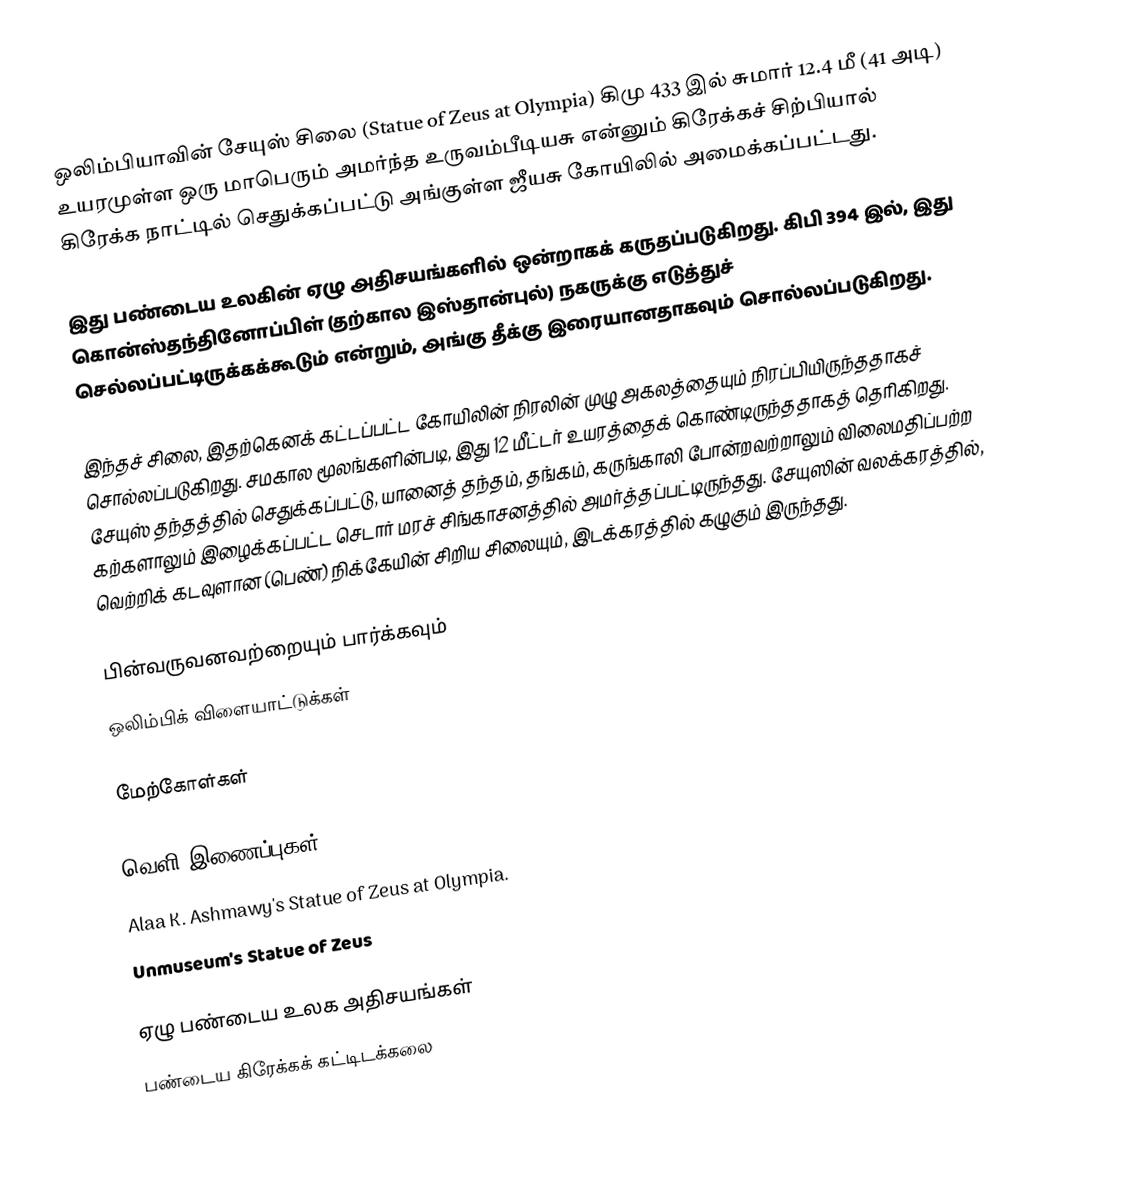
ஒலிம்பியாவின் சேயுஸ் சிலை (Statue of Zeus at Olympia) கிமு 433 இல் சுமார் 12.4 மீ (41 அடி) உயரமுள்ள ஒரு மாபெரும் அமர்ந்த உருவம்பீடியசு என்னும் கிரேக்கச் சிற்பியால் கிரேக்க நாட்டில் செதுக்கப்பட்டு அங்குள்ள ஜீயசு கோயிலில் அமைக்கப்பட்டது.

இது பண்டைய உலகின் ஏழு அதிசயங்களில் ஒன்றாகக் கருதப்படுகிறது. கிபி 394 இல், இது கொன்ஸ்தந்தினோப்பிள் (தற்கால இஸ்தான்புல்) நகருக்கு எடுத்துச் செல்லப்பட்டிருக்கக்கூடும் என்றும், அங்கு தீக்கு இரையானதாகவும் சொல்லப்படுகிறது.

இந்தச் சிலை, இதற்கெனக் கட்டப்பட்ட கோயிலின் நிரலின் முழு அகலத்தையும் நிரப்பியிருந்ததாகச் சொல்லப்படுகிறது. சமகால மூலங்களின்படி, இது 12 மீட்டர் உயரத்தைக் கொண்டிருந்ததாகத் தெரிகிறது. சேயுஸ் தந்தத்தில் செதுக்கப்பட்டு, யானைத் தந்தம், தங்கம், கருங்காலி போன்றவற்றாலும் விலைமதிப்பற்ற கற்களாலும் இழைக்கப்பட்ட செடார் மரச் சிங்காசனத்தில் அமர்த்தப்பட்டிருந்தது. சேயுஸின் வலக்கரத்தில், வெற்றிக் கடவுளான (பெண்) நிக்கேயின் சிறிய சிலையும், இடக்கரத்தில் கழுகும் இருந்தது.

பின்வருவனவற்றையும் பார்க்கவும்
 ஒலிம்பிக் விளையாட்டுக்கள்

மேற்கோள்கள்

வெளி இணைப்புகள்
 Alaa K. Ashmawy's Statue of Zeus  at Olympia.
 Unmuseum's Statue of Zeus

ஏழு பண்டைய உலக அதிசயங்கள்
பண்டைய கிரேக்கக் கட்டிடக்கலை